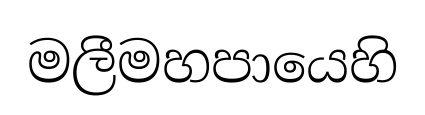
මලීමහපායෙහි